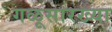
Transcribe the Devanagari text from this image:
गळूसारख्या